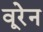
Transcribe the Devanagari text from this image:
वूरेन